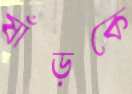
ষাঁড়কে